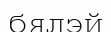
бялэй